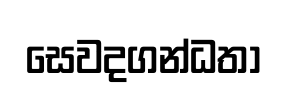
සෙවදගන්ධතා